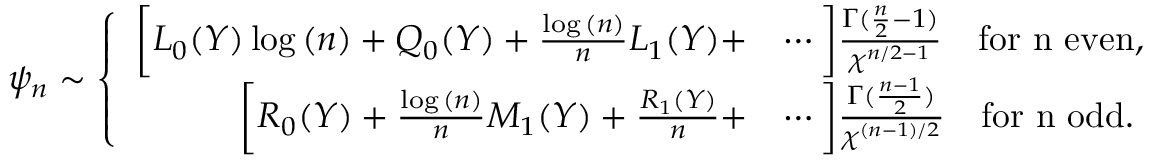
\psi _ { n } \sim \left\{ \begin{array} { r l } { \bigg [ L _ { 0 } ( Y ) \log { ( n ) } + Q _ { 0 } ( Y ) + \frac { \log { ( n ) } } { n } L _ { 1 } ( Y ) + } & { \cdots \bigg ] \frac { \Gamma ( \frac { n } { 2 } - 1 ) } { \chi ^ { n / 2 - 1 } } \quad \mathrm { f o r ~ n ~ e v e n } , } \\ { \bigg [ R _ { 0 } ( Y ) + \frac { \log { ( n ) } } { n } M _ { 1 } ( Y ) + \frac { R _ { 1 } ( Y ) } { n } + } & { \cdots \bigg ] \frac { \Gamma ( \frac { n - 1 } { 2 } ) } { \chi ^ { ( n - 1 ) / 2 } } \quad \mathrm { f o r ~ n ~ o d d } . } \end{array} \right.